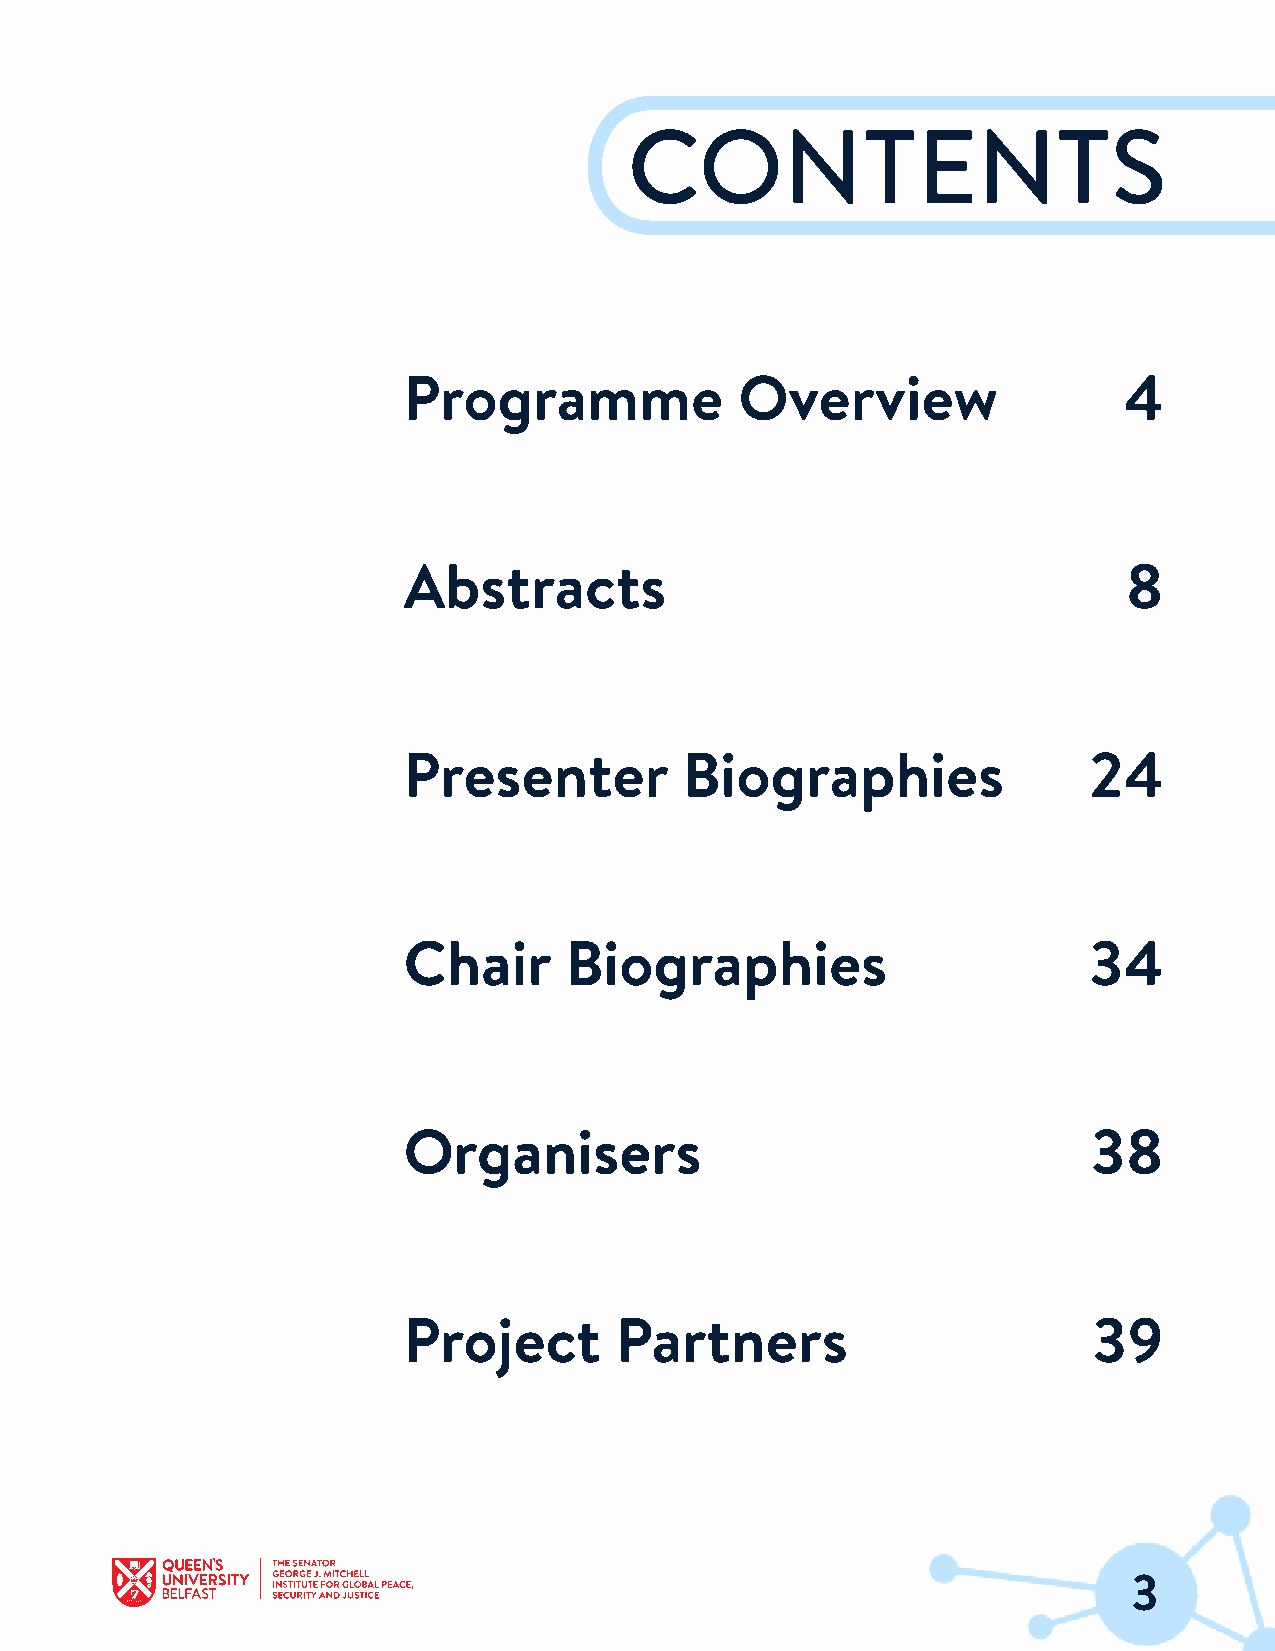
CONTENTS
 Programme             Overview                 4
 Abstracts                                       8
 Presenter         Biographies                24
 Chair     Biographies                        34
 Organisers                                   38
 Project       Partners                       39
 3